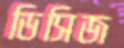
ডিসিজ